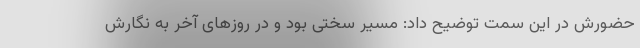
حضورش در این سمت توضیح داد: مسیر سختی بود و در روزهای آخر به نگارش